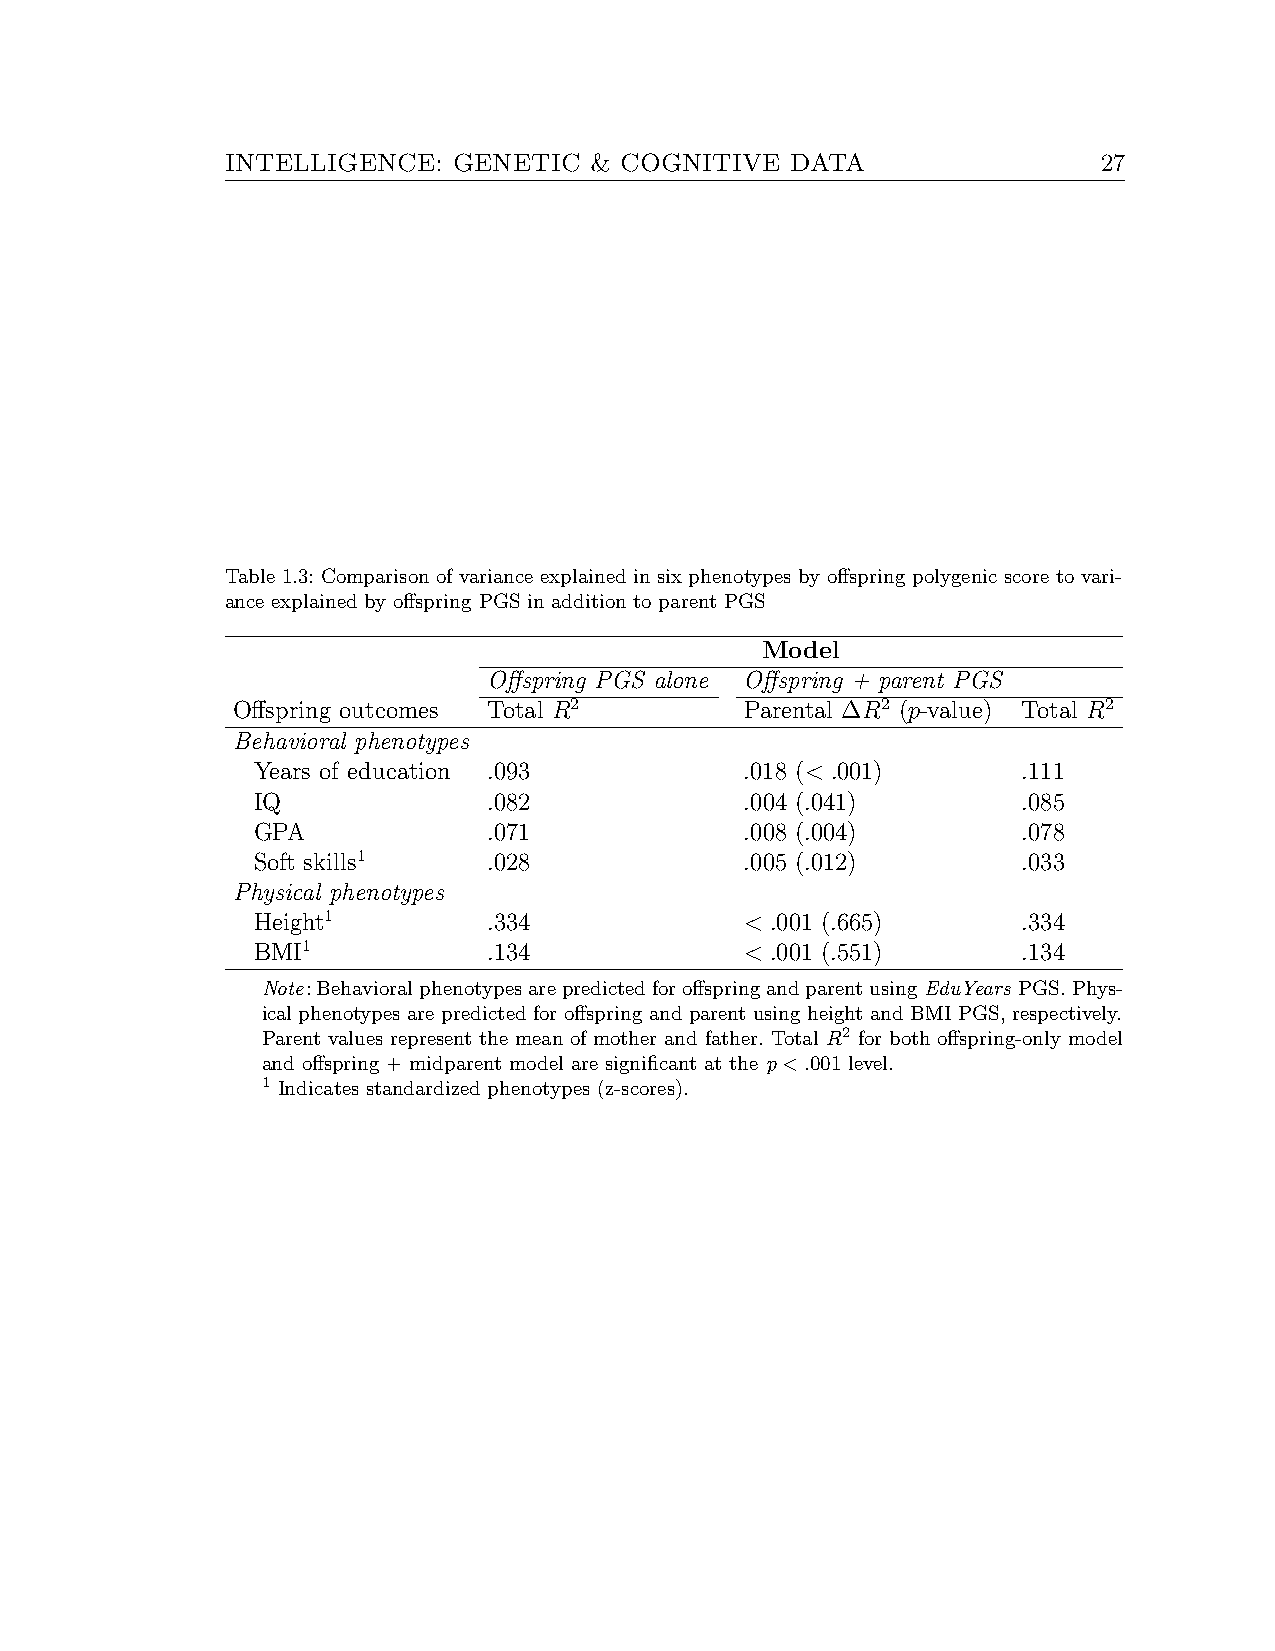
INTELLIGENCE:  GENETIC  & COGNITIVE  DATA                 27
 Table 1.3: Comparison of variance explained in six phenotypes by offspring polygenic score to vari-
 ance explained by offspring PGS in addition to parent PGS
 Model
 Offspring PGS alone Offspring + parent PGS
 Offspring outcomes Total R2       Parental ∆R2 (p-value) Total R2
 Behavioral phenotypes
 Years of education .093         .018 (< .001)      .111
 IQ             .082             .004 (.041)        .085
 GPA            .071             .008 (.004)        .078
 Soft skills1   .028             .005 (.012)        .033
 Physical phenotypes
 Height1        .334             < .001 (.665)      .334
 BMI1           .134             < .001 (.551)      .134
 Note:BehavioralphenotypesarepredictedforoffspringandparentusingEduYears PGS.Phys-
 ical phenotypes are predicted for offspring and parent using height and BMI PGS, respectively.
 Parent values represent the mean of mother and father. Total R2 for both offspring-only model
 and offspring + midparent model are significant at the p<.001 level.
 1 Indicates standardized phenotypes (z-scores).